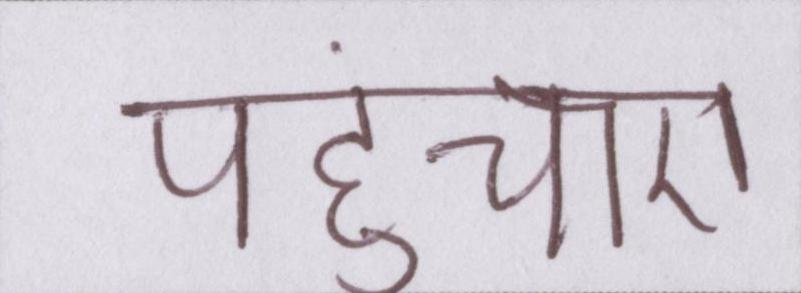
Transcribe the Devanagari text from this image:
पहुंचाए